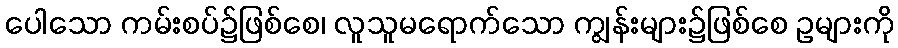
ပေါသော ကမ်းစပ်၌ဖြစ်စေ၊ လူသူမရောက်သော ကျွန်းများ၌ဖြစ်စေ ဥများကို